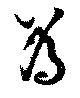
為